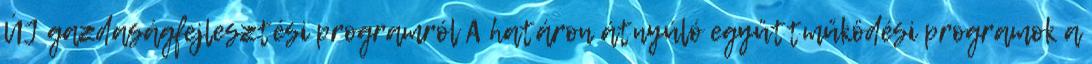
ÚJ gazdaságfejlesztési programról A határon átnyúló együttműködési programok a